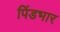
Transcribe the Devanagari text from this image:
पिंडभार